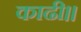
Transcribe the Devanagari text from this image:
काढी॥